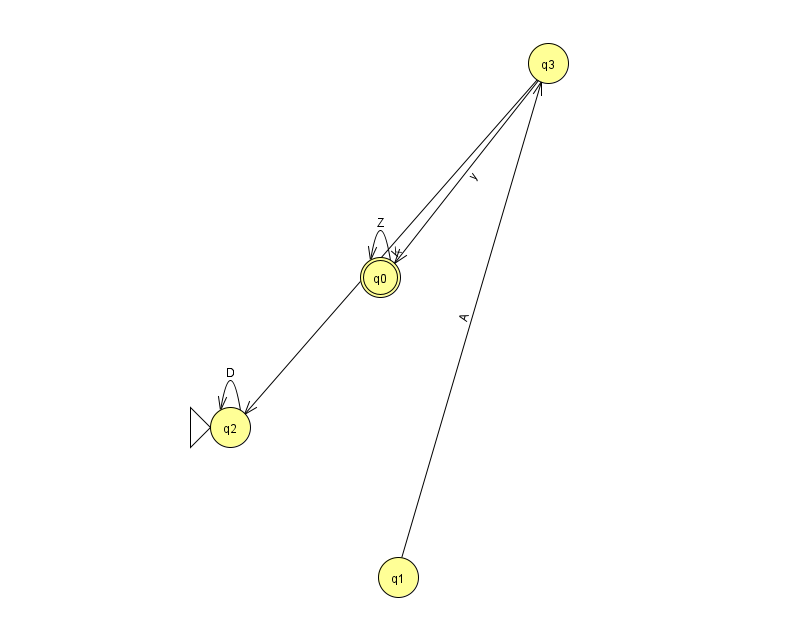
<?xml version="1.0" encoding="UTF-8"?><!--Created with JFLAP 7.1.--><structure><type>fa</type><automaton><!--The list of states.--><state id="0" name="q0"><x>380.0</x><y>264.0</y><final/></state><state id="1" name="q1"><x>398.0</x><y>564.0</y></state><state id="2" name="q2"><x>230.0</x><y>414.0</y><initial/></state><state id="3" name="q3"><x>548.0</x><y>50.0</y></state><!--The list of transitions.--><transition><from>2</from><to>2</to><read>D</read></transition><transition><from>0</from><to>0</to><read>Z</read></transition><transition><from>3</from><to>2</to><read>K</read></transition><transition><from>1</from><to>3</to><read>A</read></transition><transition><from>3</from><to>0</to><read>y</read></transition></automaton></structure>